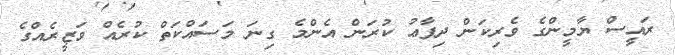
ރައީސް ޔާމީންގެ ވެރިކަން ދިފާޢު ކުރަން އެންމެ ގިނަ މަސައްކަތް ކުރެއް ވަޒީރެއްގެ